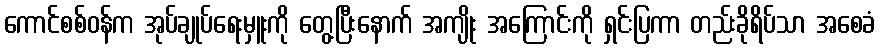
ကောင်စစ်ဝန်က အုပ်ချုပ်ရေးမှူးကို တွေ့ပြီးနောက် အကျိုး အကြောင်းကို ရှင်းပြကာ တည်းခိုရိပ်သာ အစေခံ